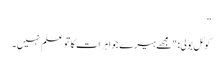
”
کوئل بولی: "مجھے ہیرے جواہرات کا تو علم نہیں۔